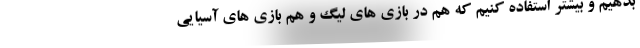
بدهیم و بیشتر استفاده کنیم که هم در بازی های لیگ و هم بازی های آسیایی